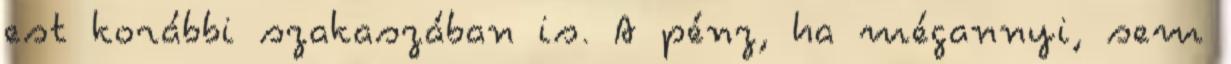
est korábbi szakaszában is. A pénz, ha mégannyi, sem